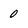
Character: 0